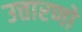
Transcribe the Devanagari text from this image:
उत्तारणो